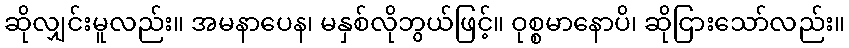
ဆိုလျှင်းမူလည်း။ အမနာပေန၊ မနှစ်လိုဘွယ်ဖြင့်။ ဝုစ္စမာနောပိ၊ ဆိုငြားသော်လည်း။